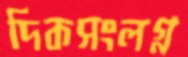
দিকসংলগ্ন